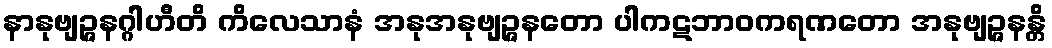
နာနုဗျဉ္ဇနဂ္ဂါဟီတိ ကိလေသာနံ အနုအနုဗျဉ္ဇနတော ပါကဋဘာဝကရဏတော အနုဗျဉ္ဇနန္တိ